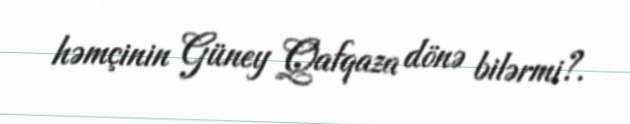
həmçinin Güney Qafqaza dönə bilərmi?.